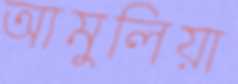
আমুলিয়া